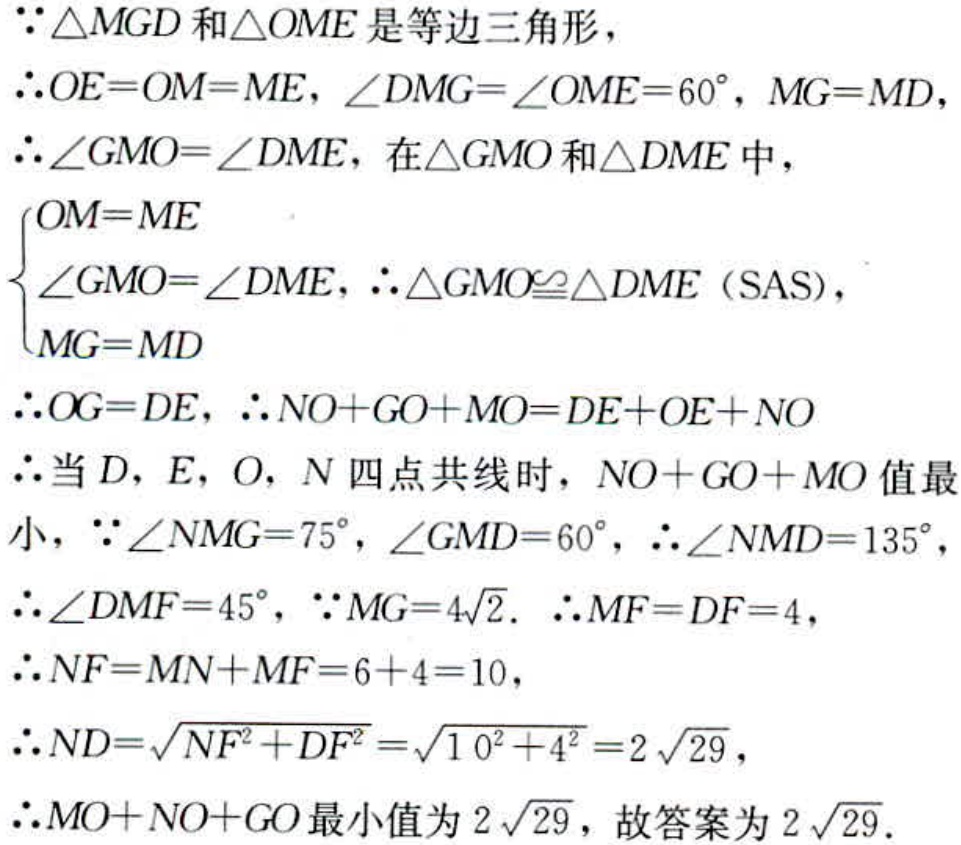
$\because\triangle MGD$和$\triangle OME$是等边三角形，
$\therefore OE = OM = ME$，$\angle DMG=\angle OME = 60^{\circ}$，$MG = MD$，
$\therefore\angle GMO=\angle DME$，在$\triangle GMO$和$\triangle DME$中，
$\begin{cases}
OM = ME\\
\angle GMO=\angle DME\\
MG = MD
\end{cases}$，$\therefore\triangle GMO\cong\triangle DME$（SAS），
$\therefore OG = DE$，$\therefore NO + GO+MO = DE + OE + NO$
$\therefore$当$D$，$E$，$O$，$N$四点共线时，$NO + GO + MO$值最小，$\because\angle NMG = 75^{\circ}$，$\angle GMD = 60^{\circ}$，$\therefore\angle NMD = 135^{\circ}$，
$\therefore\angle DMF = 45^{\circ}$，$\because MG = 4\sqrt{2}$. $\therefore MF = DF = 4$，
$\therefore NF = MN + MF = 6 + 4 = 10$，
$\therefore ND=\sqrt{NF^{2}+DF^{2}}=\sqrt{10^{2}+4^{2}} = 2\sqrt{29}$，
$\therefore MO + NO + GO$最小值为$2\sqrt{29}$，故答案为$2\sqrt{29}$.